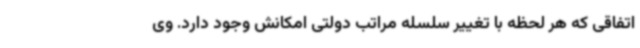
اتفاقی که هر لحظه با تغییر سلسله مراتب دولتی امکانش وجود دارد. وی